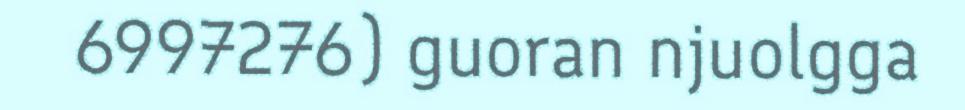
6997276) guoran njuolgga